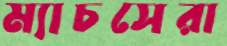
ম্যাচসেরা